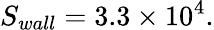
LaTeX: S_{wall}=3.3\times 10^{4}.